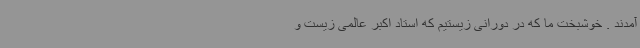
آمدند . خوشبخت ما که در دورانی زیستیم که استاد اکبر عالمی زیست و